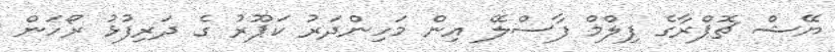
ޔޭޝް ޗޮޕްރާގެ ފިލްމް ފާސްލޭ އިން މަހިންދަރު ކަޕޫރު ގެ ދަރިފުޅު ރޯހަން